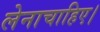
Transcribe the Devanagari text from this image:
लेनाचाहिए।